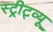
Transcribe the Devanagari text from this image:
स्ट्रीट्व्यू